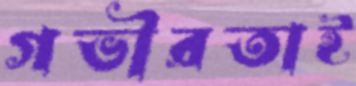
গভীরতাই